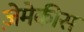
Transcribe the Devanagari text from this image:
ज़ेमेकीस